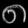
Digit: ၈